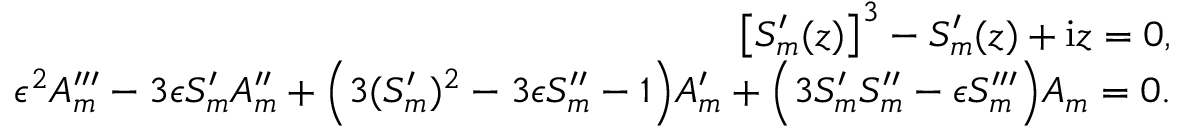
\begin{array} { r } { \big [ S _ { m } ^ { \prime } ( z ) \big ] ^ { 3 } - S _ { m } ^ { \prime } ( z ) + \mathrm { i } z = 0 , } \\ { \epsilon ^ { 2 } A _ { m } ^ { \prime \prime \prime } - 3 \epsilon S _ { m } ^ { \prime } A _ { m } ^ { \prime \prime } + \Big ( 3 ( S _ { m } ^ { \prime } ) ^ { 2 } - 3 \epsilon S _ { m } ^ { \prime \prime } - 1 \Big ) A _ { m } ^ { \prime } + \Big ( 3 S _ { m } ^ { \prime } S _ { m } ^ { \prime \prime } - \epsilon S _ { m } ^ { \prime \prime \prime } \Big ) A _ { m } = 0 . } \end{array}